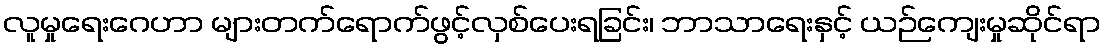
လူမှုရေးဂေဟာ များတက်ရောက်ဖွင့်လှစ်ပေးရခြင်း၊ ဘာသာရေးနှင့် ယဉ်ကျေးမှုဆိုင်ရာ